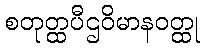
စတုတ္ထပီဌဝိမာနဝတ္ထု